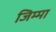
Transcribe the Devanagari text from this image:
जिम्‍मा